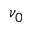
\nu _ { 0 }